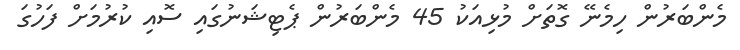
މެންބަރުން ހިމެނޭ ގޮތަށް މުޅިއަކު 45 މެންބަރުންް ޕެޓިޝަނުގައި ސޮއި ކުރުމަށް ފަހުގަ